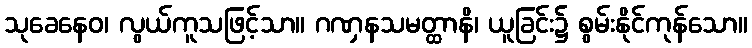
သုခေနေဝ၊ လွယ်ကူသဖြင့်သာ။ ဂဏှနသမတ္ထာနိ၊ ယူခြင်း၌ စွမ်းနိုင်ကုန်သော။